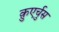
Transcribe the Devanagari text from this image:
क़ुएर्चुस